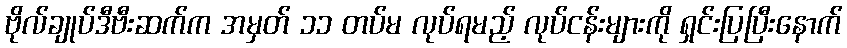
ဗိုလ်ချုပ်ဒီဗီးဆက်က အမှတ် ၁၁ တပ်မ လုပ်ရမည့် လုပ်ငန်းများကို ရှင်းပြပြီးနောက်